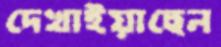
দেখাইয়াছেন